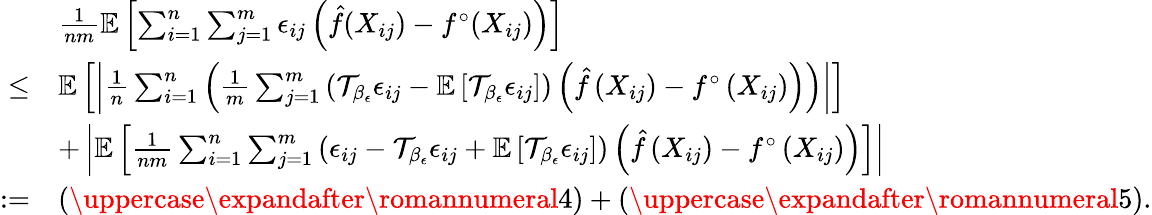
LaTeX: \begin{array}{rl}&{\frac{1}{nm}\mathbb{E}\left[\sum_{i=1}^{n}\sum_{j=1}^{m}\epsilon_{ij}\left(\hat{f}(X_{ij})-f^{\circ}(X_{ij})\right)\right]}\\ {\leq}&{\mathbb{E}\left[\left|\frac{1}{n}\sum_{i=1}^{n}\left(\frac{1}{m}\sum_{j=1}^{m}\left(\mathcal{T}_{\beta_{\epsilon}}\epsilon_{ij}-\mathbb{E}\left[\mathcal{T}_{\beta_{\epsilon}}\epsilon_{ij}\right]\right)\left(\hat{f}\left(X_{ij}\right)-f^{\circ}\left(X_{ij}\right)\right)\right)\right|\right]}\\ &{+\left|\mathbb{E}\left[\frac{1}{nm}\sum_{i=1}^{n}\sum_{j=1}^{m}\left(\epsilon_{ij}-\mathcal{T}_{\beta_{\epsilon}}\epsilon_{ij}+\mathbb{E}\left[\mathcal{T}_{\beta_{\epsilon}}\epsilon_{ij}\right]\right)\left(\hat{f}\left(X_{ij}\right)-f^{\circ}\left(X_{ij}\right)\right)\right]\right|}\\ {:=}&{\left(\uppercase\expandafter{\romannumeral 4}\right)+\left(\uppercase\expandafter{\romannumeral 5}\right).}\end{array}